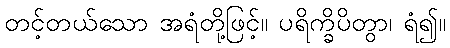
တင့်တယ်သော အရံတို့ဖြင့်။ ပရိက္ခိပိတွာ၊ ရံ၍။